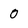
Character: 0